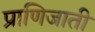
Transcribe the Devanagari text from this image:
प्राणिजाती